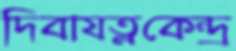
দিবাযত্নকেন্দ্র